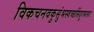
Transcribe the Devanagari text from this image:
विकचनवकुसुंभस्वच्छसिंदूरभासाः